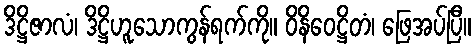
ဒိဋ္ဌိဇာလံ၊ ဒိဋ္ဌိဟူသောကွန်ရက်ကို။ ဝိနိဝေဋ္ဌိတံ၊ ဖြေအပ်ပြီ။